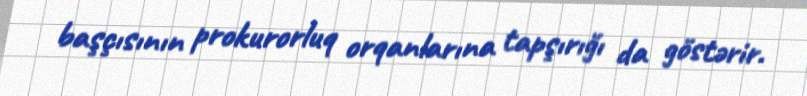
başçısının prokurorluq orqanlarına tapşırığı da göstərir.